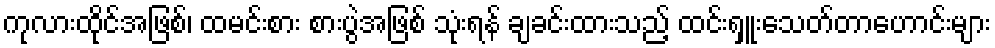
ကုလားထိုင်အဖြစ်၊ ထမင်းစား စားပွဲအဖြစ် သုံးရန် ချခင်းထားသည့် ထင်းရှူးသေတ်တာဟောင်းများ